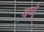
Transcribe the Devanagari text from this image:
वर्ण्